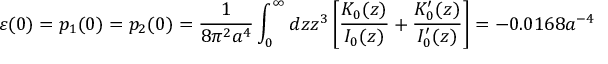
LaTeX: \varepsilon ( 0 ) = p _ { 1 } ( 0 ) = p _ { 2 } ( 0 ) = \frac { 1 } { 8 \pi ^ { 2 } a ^ { 4 } } \int _ { 0 } ^ { \infty } { d z z ^ { 3 } \left[ \frac { K _ { 0 } ( z ) } { I _ { 0 } ( z ) } + \frac { K _ { 0 } ^ { \prime } ( z ) } { I _ { 0 } ^ { \prime } ( z ) } \right] } = - 0 . 0 1 6 8 a ^ { - 4 }